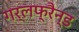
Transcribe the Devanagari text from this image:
गर्लफ्रैन्ड